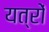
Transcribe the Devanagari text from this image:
यत्रों